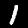
Label: 1